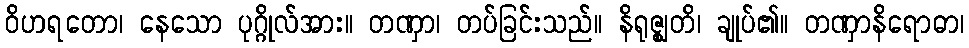
ဝိဟရတော၊ နေသော ပုဂ္ဂိုလ်အား။ တဏှာ၊ တပ်ခြင်းသည်။ နိရုဇ္ဈတိ၊ ချုပ်၏။ တဏှာနိရောဓာ၊